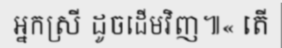
អ្នកស្រី ដូចដើមវិញ៕« តើ